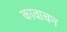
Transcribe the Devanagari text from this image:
कावाचन